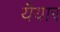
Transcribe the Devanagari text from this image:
यैयार